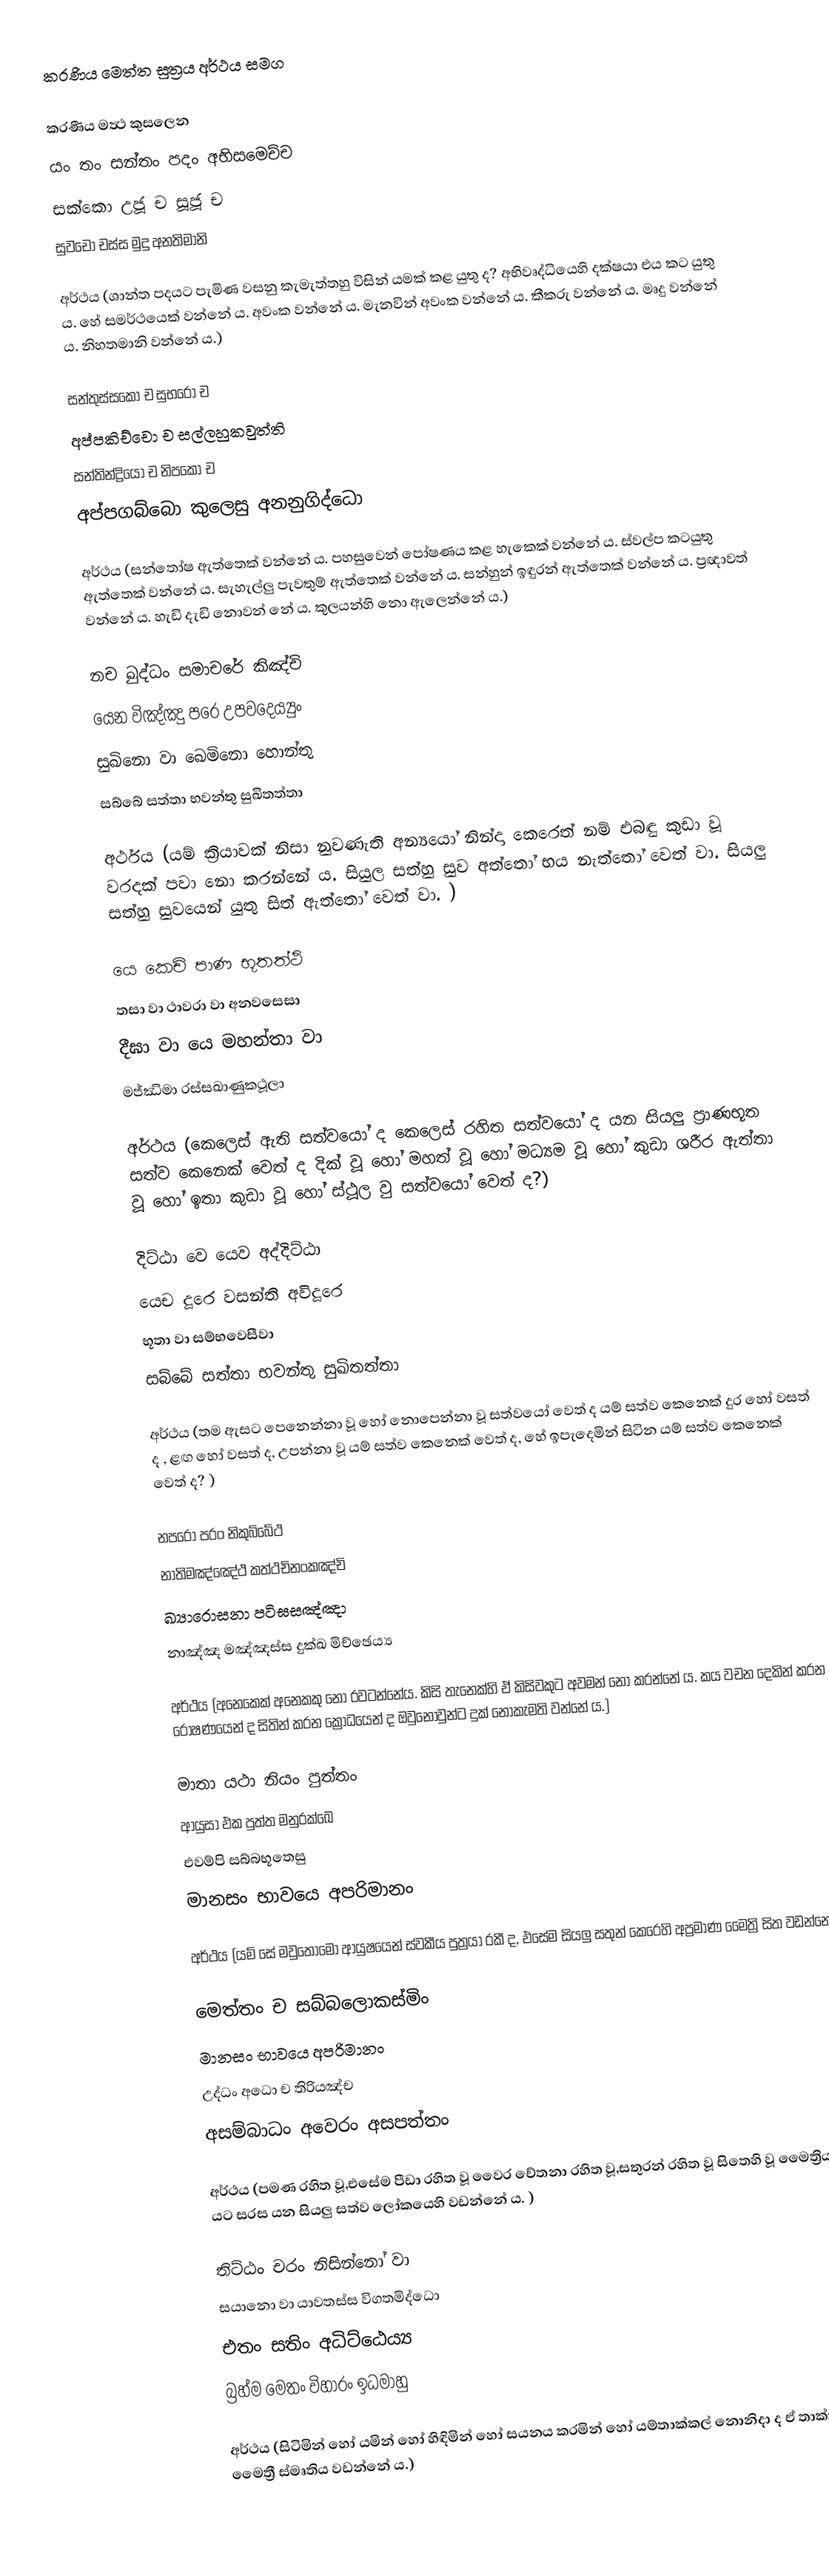
කරණිය මෙත්ත සුත්‍රය අර්ථය සමග

 කරණීය මත්‍ථ කුසලෙන
යං තං සන්තං පදං අභිසමෙච්ච
සක්කො උජූ ච සූජූ ච
සුවචො චස්ස මුදු අනතිමානි

අර්ථය  (ශාන්ත පදයට පැමිණ වසනු කැමැත්තහු විසින් යමක් කළ යුතු ද? අභිවෘද්ධියෙහි දක්ෂයා එය කට යුතු ය. හේ සමර්ථයෙක් වන්නේ ය. අවංක වන්නේ ය. මැනවින් අවංක වන්නේ ය. කීකරු වන්නේ ය. මෘදු වන්නේ ය. නිහතමානි වන්නේ ය.)

සන්තුස්සකො ච සුභරො ච
අප්පකිච්චො ච සල්ලහුකවුත්ති
සන්තින්ද්‍රියො ච නිපකො ච
අප්පගබ්බො කුලෙසු අනනුගිද්ධො

අර්ථය (සන්තෝෂ ඇත්තෙක් වන්නේ ය. පහසුවෙන් පෝෂණය කළ හැකෙක් වන්නේ ය. ස්වල්ප කටයුතු ඇත්තෙක් වන්නේ ය. සැහැල්ලු පැවතුම් ඇත්තෙක් වන්නේ ය. සන්හුන් ඉඳුරන් ඇත්තෙක් වන්නේ ය. ප්‍රඥාවත් වන්නේ ය. හැඩි දැඩි නොවන් නේ ය. කුලයන්හි නො ඇලෙන්නේ ය.)

නච ඛුද්ධං සමාචරේ කිඤ්චි
යෙන විඤ්ඤු පරෙ උපවදෙය්‍යුං
සුඛිනො වා ඛෙමිනො හොන්තු
සබ්බේ සත්තා භවන්තු සුඛිතත්තා

අර්ථය  (යම් ක්‍රියාවක් නිසා නුවණැති අන්‍යයෝ නින්දා කෙරෙත් නම් එබඳු කුඩා වූ වරදක් පවා නො කරන්නේ ය. සියුල සත්හු සුව අත්තෝ භය නැත්තෝ වෙත් වා. සියලු සත්හු සුවයෙන් යුතු සිත් ඇත්තෝ වෙත් වා. )

යෙ කෙචි පාණ භූතත්ථි
තසා වා ථාවරා වා අනවසෙසා
දීඝා වා යෙ මහන්තා වා
මජ්ඣිමා රස්සඛාණුකථූලා

අර්ථය  (කෙලෙස් ඇති සත්වයෝ ද කෙලෙස් රහිත සත්වයෝ ද යන සියලු ප්‍රාණභූත සත්ව කෙනෙක් වෙත් ද දික් වූ හෝ මහත් වූ හෝ මධ්‍යම වූ හෝ කුඩා ශරීර ඇත්තා වූ හෝ ඉතා කුඩා වූ හෝ ස්ථූල වු සත්වයෝ වෙත් ද?)

දිට්ඨා වෙ යෙව අද්දිට්ඨා
යෙච දූරෙ වසන්ති අවිදූරෙ
භූතා වා සම්භවෙසීවා
සබ්බේ සත්තා භවන්තු සුඛිතත්තා

අර්ථය  (තම ඇසට පෙනෙන්නා වූ හෝ නොපෙන්නා වූ සත්වයෝ වෙත් ද යම් සත්ව කෙනෙක් දුර හෝ වසත් ද , ළඟ හෝ වසත් ද, උපන්නා වූ යම් සත්ව කෙනෙක් වෙත් ද, හේ ඉපැදෙමින් සිටින යම් සත්ව කෙනෙක් වෙත් ද? )

නපරො පරං නිකුබ්බේථ
නාතිමඤ්ඤේථ කත්ථචිනංකඤ්චි
ඛ්‍යාරොසනා පටිඝසඤ්ඤා
නාඤ්ඤ මඤ්ඤස්ස දුක්ඛ මිච්ඡෙය්‍ය

අර්ථය  (අනෙකෙක් අනෙකකු නො රවටන්නේය. කිසි තැනෙක්හි ඒ කිසිවකුට අවමන් නො කරන්නේ ය. කය වචන දෙකින් කරන රෝෂණයෙන් ද සිතින් කරන ක්‍රෝධයෙන් ද ඔවුනොවුන්ට දුක් නොකැමති වන්නේ ය.)

මාතා යථා නියං පුත්තං
ආයුසා එක පුත්ත මනුරක්ඛෙ
එවම්පි සබ්බභූතෙසු
මානසං භාවයෙ අපරිමානං

අර්ථය (යම් සේ මවුතොමෝ ආයුෂයෙන් ස්වකීය පුත්‍රයා රකී ද, එසේම සියලු සතුන් කෙරෙහි අප්‍රමාණ මෛත්‍රි සිත වඩන්නේ ය.)

මෙත්තං ච සබ්බලොකස්මිං
මානසං භාවයෙ අපරිමානං
උද්ධං අධො ච තිරියඤ්ච
අසම්බාධං අවෙරං අසපත්තං

අර්ථය  (පමණ රහිත වූ,එසේම පීඩා රහිත වූ වෛර චේතනා රහිත වූ,සතුරන් රහිත වූ සිතෙහි වූ මෛත්‍රිය ද උඩ යට සරස යන සියලු සත්ව ලෝකයෙහි වඩන්නේ ය. )

තිට්ඨං චරං නිසින්නෝ වා
සයානො වා යාවතස්ස විගතමිද්ධො
එතං සතිං අධිට්ඨෙය්‍ය
බ්‍රහ්ම මෙතං විහාරං ඉධමාහු

අර්ථය (සිටිමින් හෝ යමින් හෝ හිඳිමින් හෝ සයනය කරමින් හෝ යම්තාක්කල් නොනිදා ද ඒ තාක්කල් මෛත්‍රී ස්මෘතිය වඩන්නේ ය.)